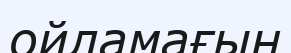
ойламағын